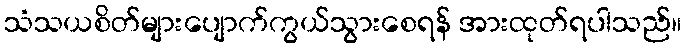
သံသယစိတ်များပျောက်ကွယ်သွားစေရန် အားထုတ်ရပါသည်။